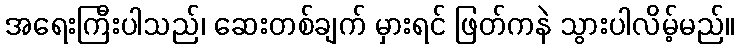
အရေးကြီးပါသည်၊ ဆေးတစ်ချက် မှားရင် ဖြတ်ကနဲ သွားပါလိမ့်မည်။